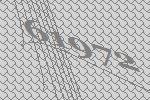
61972